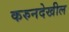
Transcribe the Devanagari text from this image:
करुनदेखील